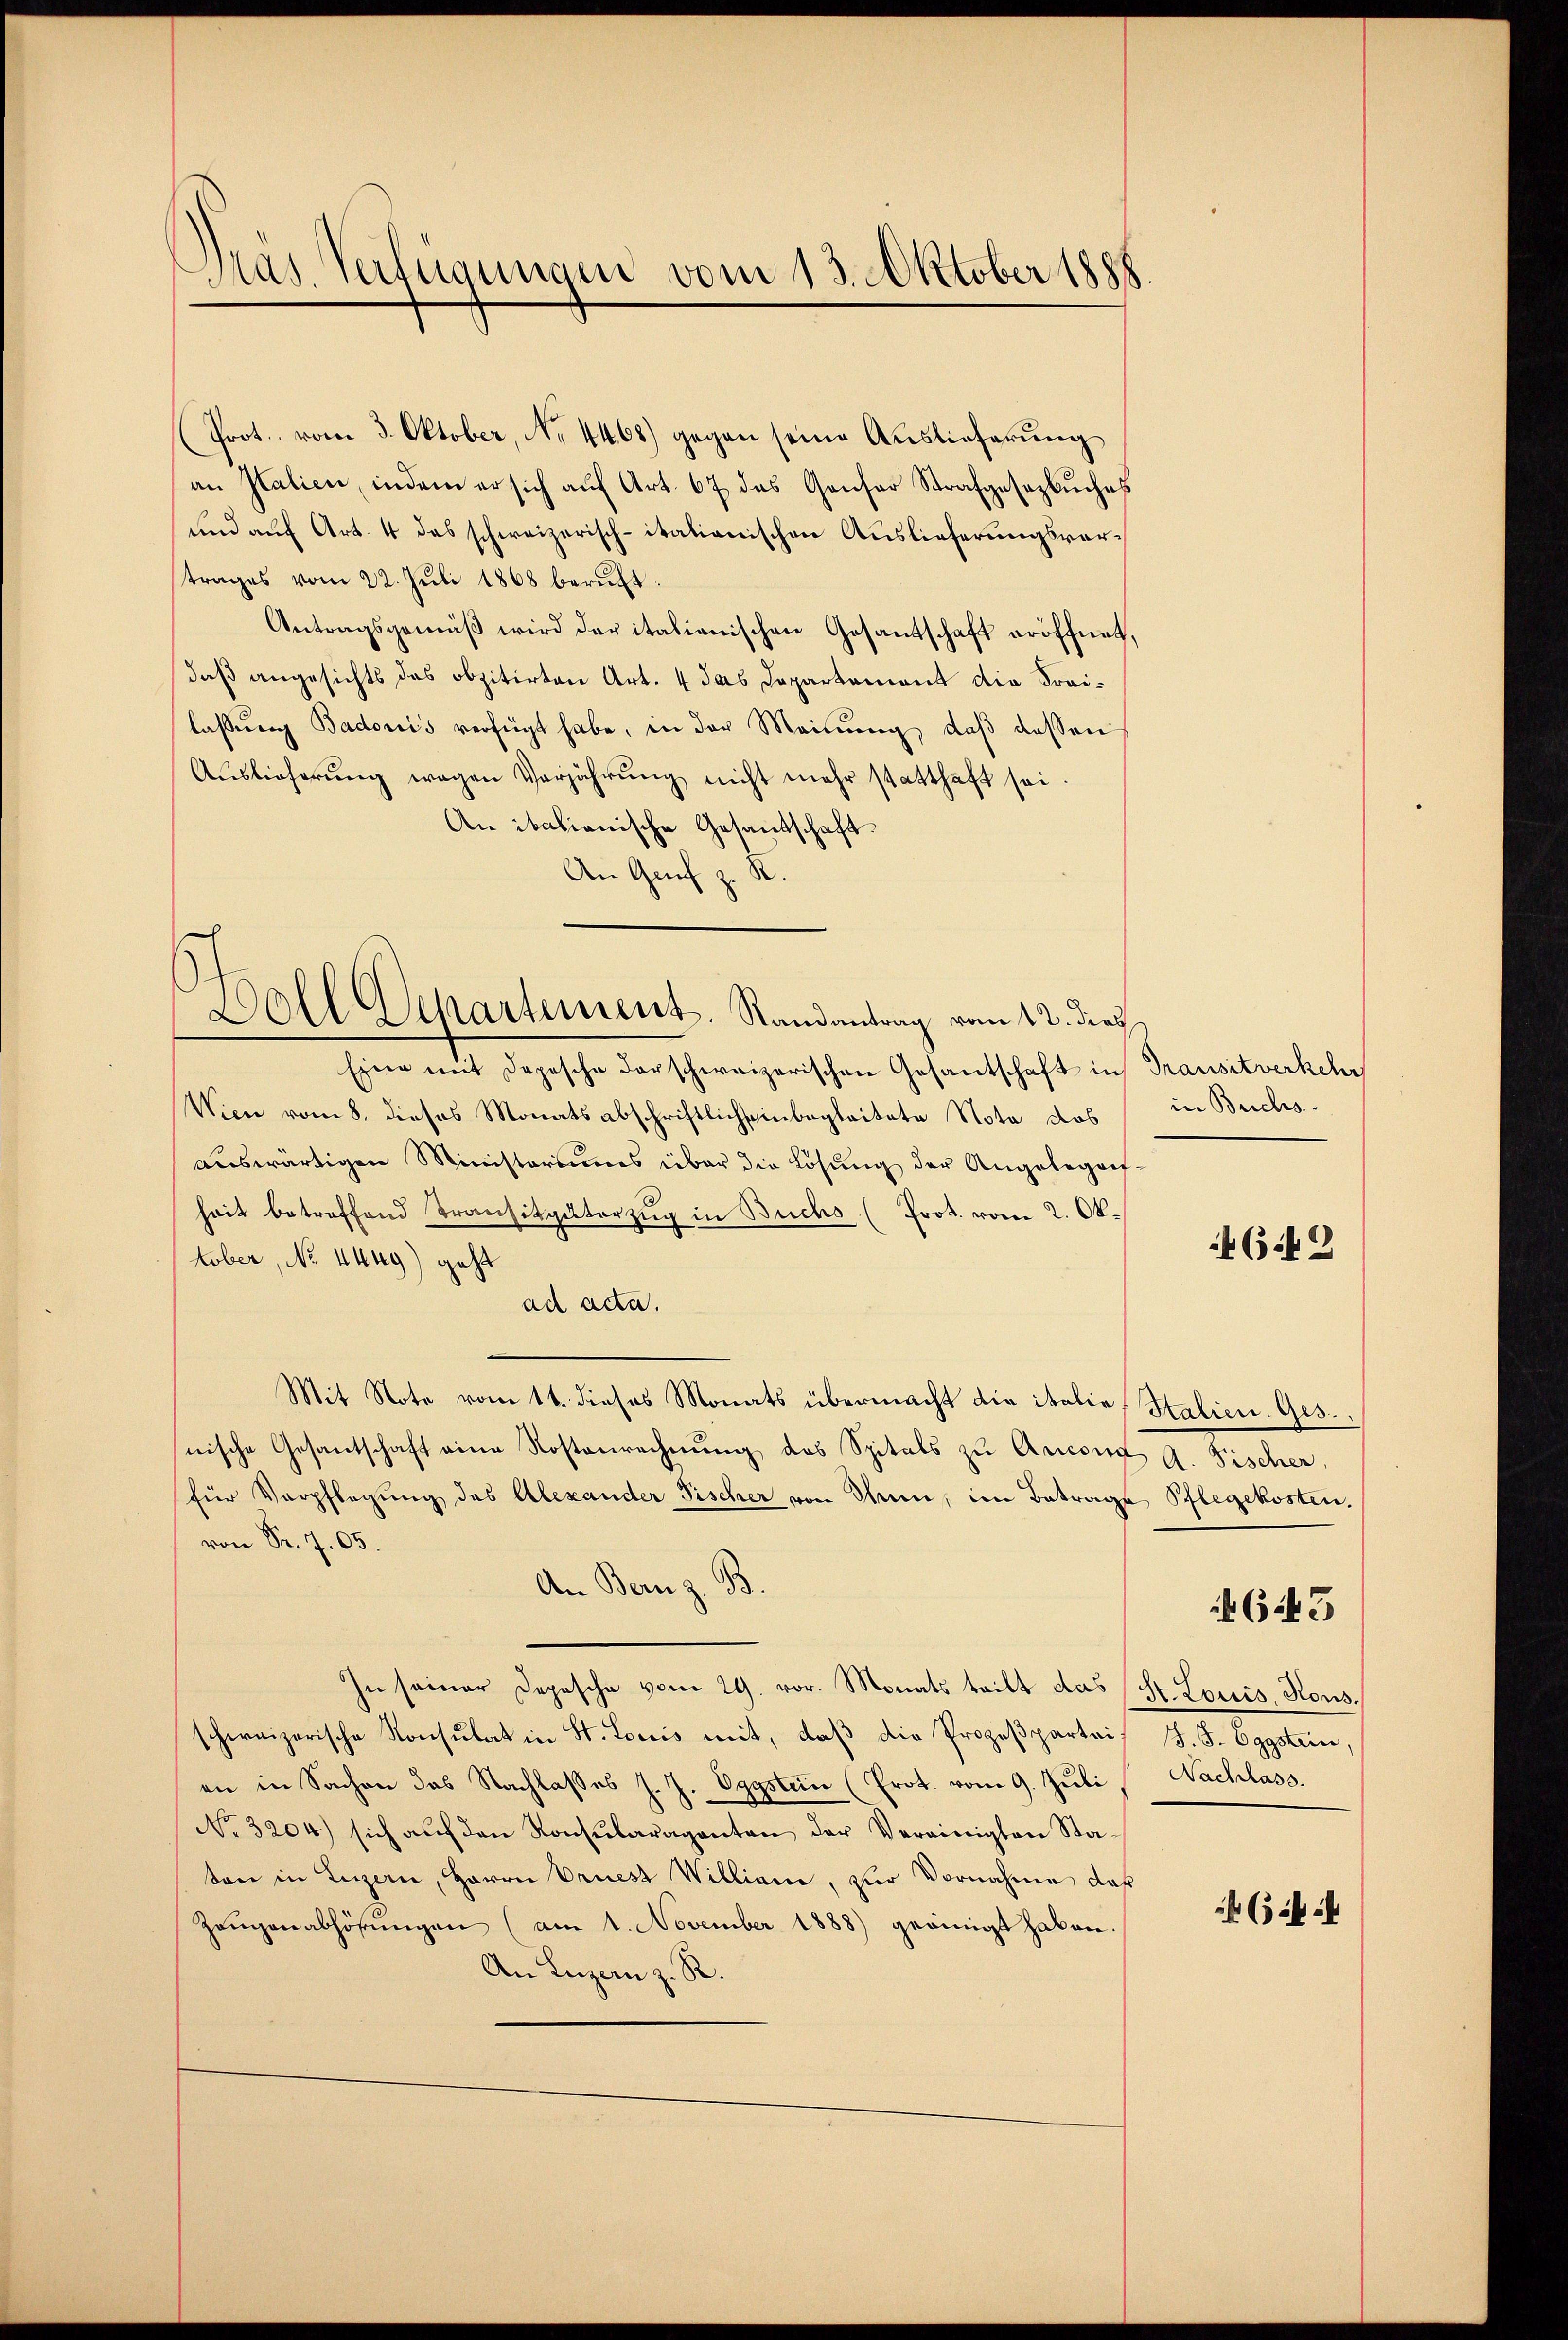
Pras. Verfügungen vom 13. Oktober 1888

Prot. vom 3. Oktober, No 4468) gegen seine Auslieferung
an Kalien, indem er sich auf Art. 67 das Gansor Strafgesezbuches
und auf Art. 4 das schweizerisch-italianischen Auslieferungsvertrages vom 22. Juli 1868 beruft.
Antragsgemäß wird der italienischen Gesantschaft eröffnet,
daß angesichts das obzitirten Art. 4 das Departement die Freilassŭng Badoris verfügt habe, in der Meinung, daß dassen
Aŭslieferŭng wegen Verjährŭng nicht mehr statthaft sei.
An italianische Gesandschaft.
An Genf z. R.

Doll Departement, Randantrag vom 12. dies

Eine mit Depesche darschweizerischen Gesantschaft in Transitverkehr
Wien vom 8. dieses Monatsabschriftlich seinbegleitete Nota das
auswärtigen Ministoriums über die Lösung der Angelegenheit betreffend Transitgüterzŭg in Buchs (Prot. vom 2. Ok-
tober, No 1449) geht
ad acta.
Mit Note vom 11. dieses Monats übermacht die italio, Salien. Gesnische Gesantschaft eine Kostenrechnŭng des Spitals zu Ancons A. Fischer,
für Verpflegung des Alexander Fischer von Thun, im Betrage Pflegekosten.
von Sr. 705.
An Bern z. B.
In seiner Depesche vom 29. vor. Monats teilt das (St. Louis, Kons.
schweizerische Konsulat in St. Louis mit, daß die Prozeßparteis J. J. Eggstein,
en in Sachen das Nachlasses J. J. Eggsten (Prot. vom 9. Juli Nachlass.
No. 3204) sich aŭf den Konsŭlaraganten der Vereinigten Sta-
ton in Luzern, Herrn Oriest Williani, zur Vornahme daß
Zeŭgenabhörŭngen (am 1. November 1888) geeinigt haben.
An Luzern z. R.

in Brichs.

46 f 2

65 x

643